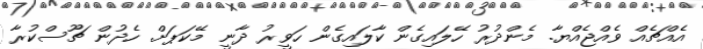
އެއްޗެއް ވެއްޖެއްޔާ. މެންދުރު ހޭލައިގެން ކާލައިގެން ހަވީރު ދާނީ މޭކަޕަށް. ހެދުން ޗޫސްކުރާ